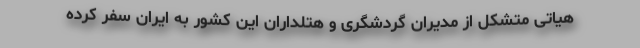
هیاتی متشکل از مدیران گردشگری و هتلداران این کشور به ایران سفر کرده